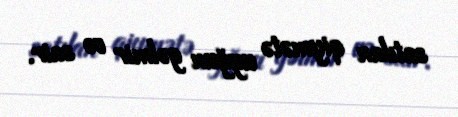
satılan qiymətə uyğun gəlmir və sair.